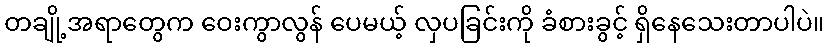
တချို့အရာတွေက ဝေးကွာလွန် ပေမယ့် လှပခြင်းကို ခံစားခွင့် ရှိနေသေးတာပါပဲ။